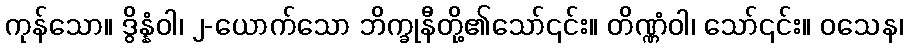
ကုန်သော။ ဒွိန္နံဝါ၊ ၂-ယောက်သော ဘိက္ခုနီတို့၏သော်၎င်း။ တိဏ္ဏံဝါ၊ သော်၎င်း။ ဝသေန၊